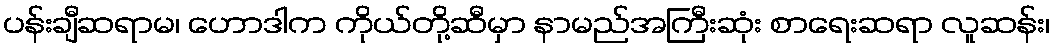
ပန်းချီဆရာမ၊ ဟောဒါက ကိုယ်တို့ဆီမှာ နာမည်အကြီးဆုံး စာရေးဆရာ လူဆန်း၊